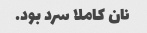
نان کاملا سرد بود.